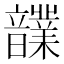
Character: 𩑄